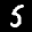
Label: 5